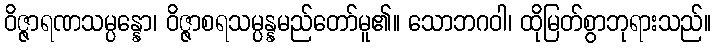
ဝိဇ္ဇာရဏသမ္ပန္နော၊ ဝိဇ္ဇာစရသမ္ပန္နမည်တော်မူ၏။ သောဘဂဝါ၊ ထိုမြတ်စွာဘုရားသည်။